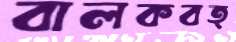
বালকবত্